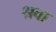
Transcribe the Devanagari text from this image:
श्रवा